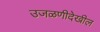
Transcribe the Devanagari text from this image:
उजळणीदेखील